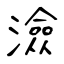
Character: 澰